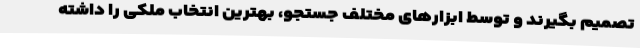
تصمیم بگیرند و توسط ابزارهای مختلف جستجو، بهترین انتخاب ملکی را داشته